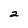
Character: 2